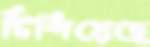
টিপিয়েছে